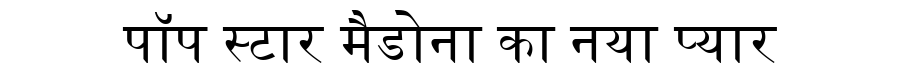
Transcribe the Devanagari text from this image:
पॉप स्टार मैडोना का नया प्यार